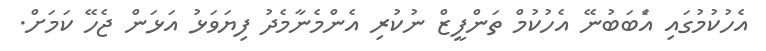
އެހުކުމުގައި އެަބަބުނޭ އެހުކުމް ތަންފީޒް ނުކުރި އެންމެނާމެދު ފިޔަވަޅު އަޅަން ޖެހޭ ކަމަށް.